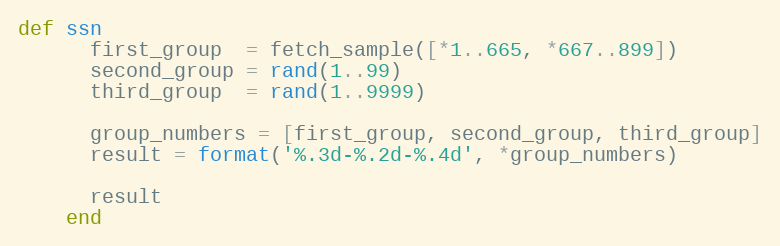
Language: Ruby
def ssn
      first_group  = fetch_sample([*1..665, *667..899])
      second_group = rand(1..99)
      third_group  = rand(1..9999)

      group_numbers = [first_group, second_group, third_group]
      result = format('%.3d-%.2d-%.4d', *group_numbers)

      result
    end